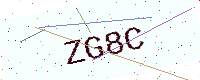
Text: ZG8C